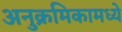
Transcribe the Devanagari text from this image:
अनुक्रमिकामध्ये